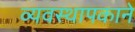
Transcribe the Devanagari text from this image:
व्यवस्थापकाने